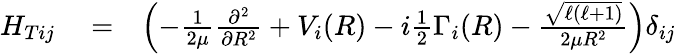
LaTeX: \begin{array}{rlr}{H_{Tij}}&{{}=}&{\left(-\frac{1}{2\mu}\frac{\partial^{2}}{\partial R^{2}}+V_{i}(R)-i\frac{1}{2}\Gamma_{i}(R)-\frac{\sqrt{\ell(\ell+1)}}{2\mu R^{2}}\right)\delta_{ij}}\end{array}